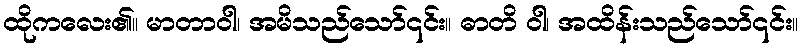
ထိုကလေး၏။ မာတာဝါ၊ အမိသည်သော်၎င်း။ ဓာတိ ဝါ၊ အထိန်းသည်သော်၎င်း။